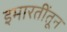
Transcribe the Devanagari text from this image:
इमारतींतून